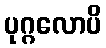
ပုဂ္ဂလောပိ